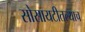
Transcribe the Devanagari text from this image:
सोसायटीतल्याच